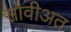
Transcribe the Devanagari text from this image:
सोवीअत